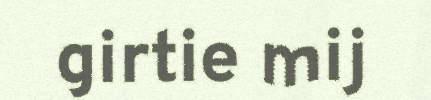
girtie mij